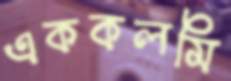
এককলমি